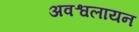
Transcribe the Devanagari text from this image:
अवश्वलायन